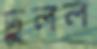
ঢুলল